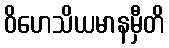
ဝိဟေသိယမာနမှီတိ